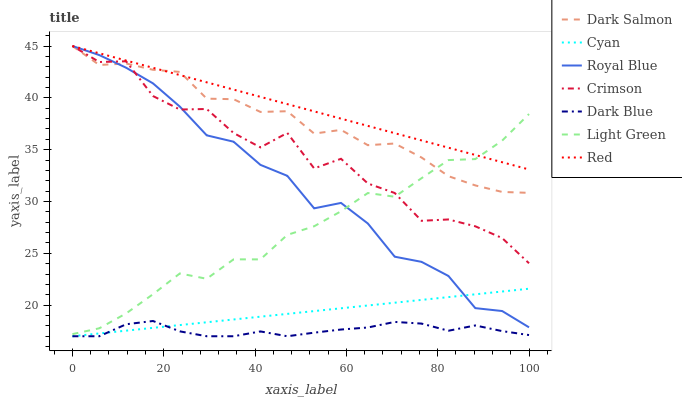
| xaxis_label | Dark Salmon | Cyan | Royal Blue | Crimson | Dark Blue | Light Green | Red |
 | --- | --- | --- | --- | --- | --- | --- | --- |
 | 0 | 45 | 17 | 45 | 45 | 17 | 17.2 | 45 |
 | 5.88 | 43.2 | 17.3 | 44.1 | 43.5 | 17 | 17.8 | 44.3 |
 | 11.8 | 43.3 | 17.5 | 42.9 | 43.5 | 18.2 | 19.2 | 43.6 |
 | 17.6 | 42.7 | 17.8 | 41.4 | 40.2 | 18.5 | 21.1 | 42.9 |
 | 23.5 | 42.5 | 18.1 | 39.2 | 38.9 | 17.5 | 23.1 | 42.2 |
 | 29.4 | 39.9 | 18.3 | 36.4 | 38.9 | 17 | 22.5 | 41.5 |
 | 35.3 | 39.9 | 18.6 | 35.8 | 36.6 | 17 | 24.4 | 40.8 |
 | 41.2 | 38.6 | 18.9 | 33.5 | 35.2 | 17.5 | 24.4 | 40.1 |
 | 47.1 | 38.7 | 19.2 | 32.5 | 36.6 | 17 | 26.8 | 39.4 |
 | 52.9 | 36.6 | 19.4 | 29.3 | 33.2 | 17.3 | 27.6 | 38.7 |
 | 58.8 | 36.9 | 19.7 | 29.9 | 34.1 | 17.6 | 29.1 | 38 |
 | 64.7 | 35.4 | 20 | 27.9 | 31.7 | 17.8 | 30.8 | 37.3 |
 | 70.6 | 35.6 | 20.2 | 24.7 | 30.8 | 18.4 | 30.5 | 36.6 |
 | 76.5 | 34.2 | 20.5 | 24.2 | 28.1 | 18.2 | 32.2 | 35.9 |
 | 82.4 | 32.4 | 20.8 | 22.8 | 28.3 | 17.5 | 34 | 35.2 |
 | 88.2 | 31.6 | 21 | 19.7 | 27.6 | 18 | 34.1 | 34.5 |
 | 94.1 | 30.9 | 21.3 | 19.4 | 26.5 | 17.5 | 35.9 | 33.8 |
 | 100 | 30.8 | 21.6 | 17.9 | 24 | 17.1 | 38.4 | 33.1 |